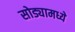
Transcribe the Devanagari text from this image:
सोड्यामध्ये